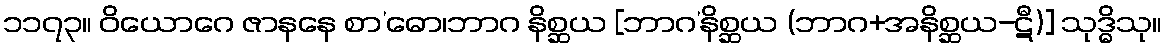
၁၁၇၃။ ဝိယောဂေ ဇာနနေ စာ’ဓော၊ဘာဂ နိစ္ဆယ [ဘာဂ’နိစ္ဆယ (ဘာဂ+အနိစ္ဆယ-ဋီ)] သုဒ္ဓိသု။